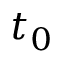
t _ { 0 }